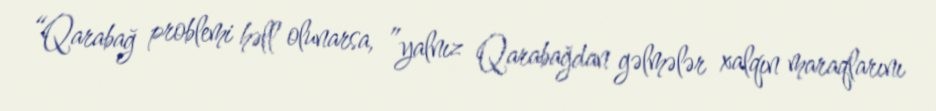
“Qarabağ problemi həll olunarsa, ”yalnız Qarabağdan gəlmələr xalqın maraqlarını